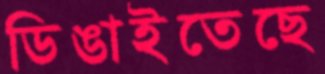
ডিঙাইতেছে